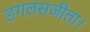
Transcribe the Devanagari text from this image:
डगलसजीता।